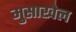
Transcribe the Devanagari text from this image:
मुसाखेल